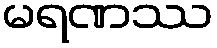
မရဏဿ